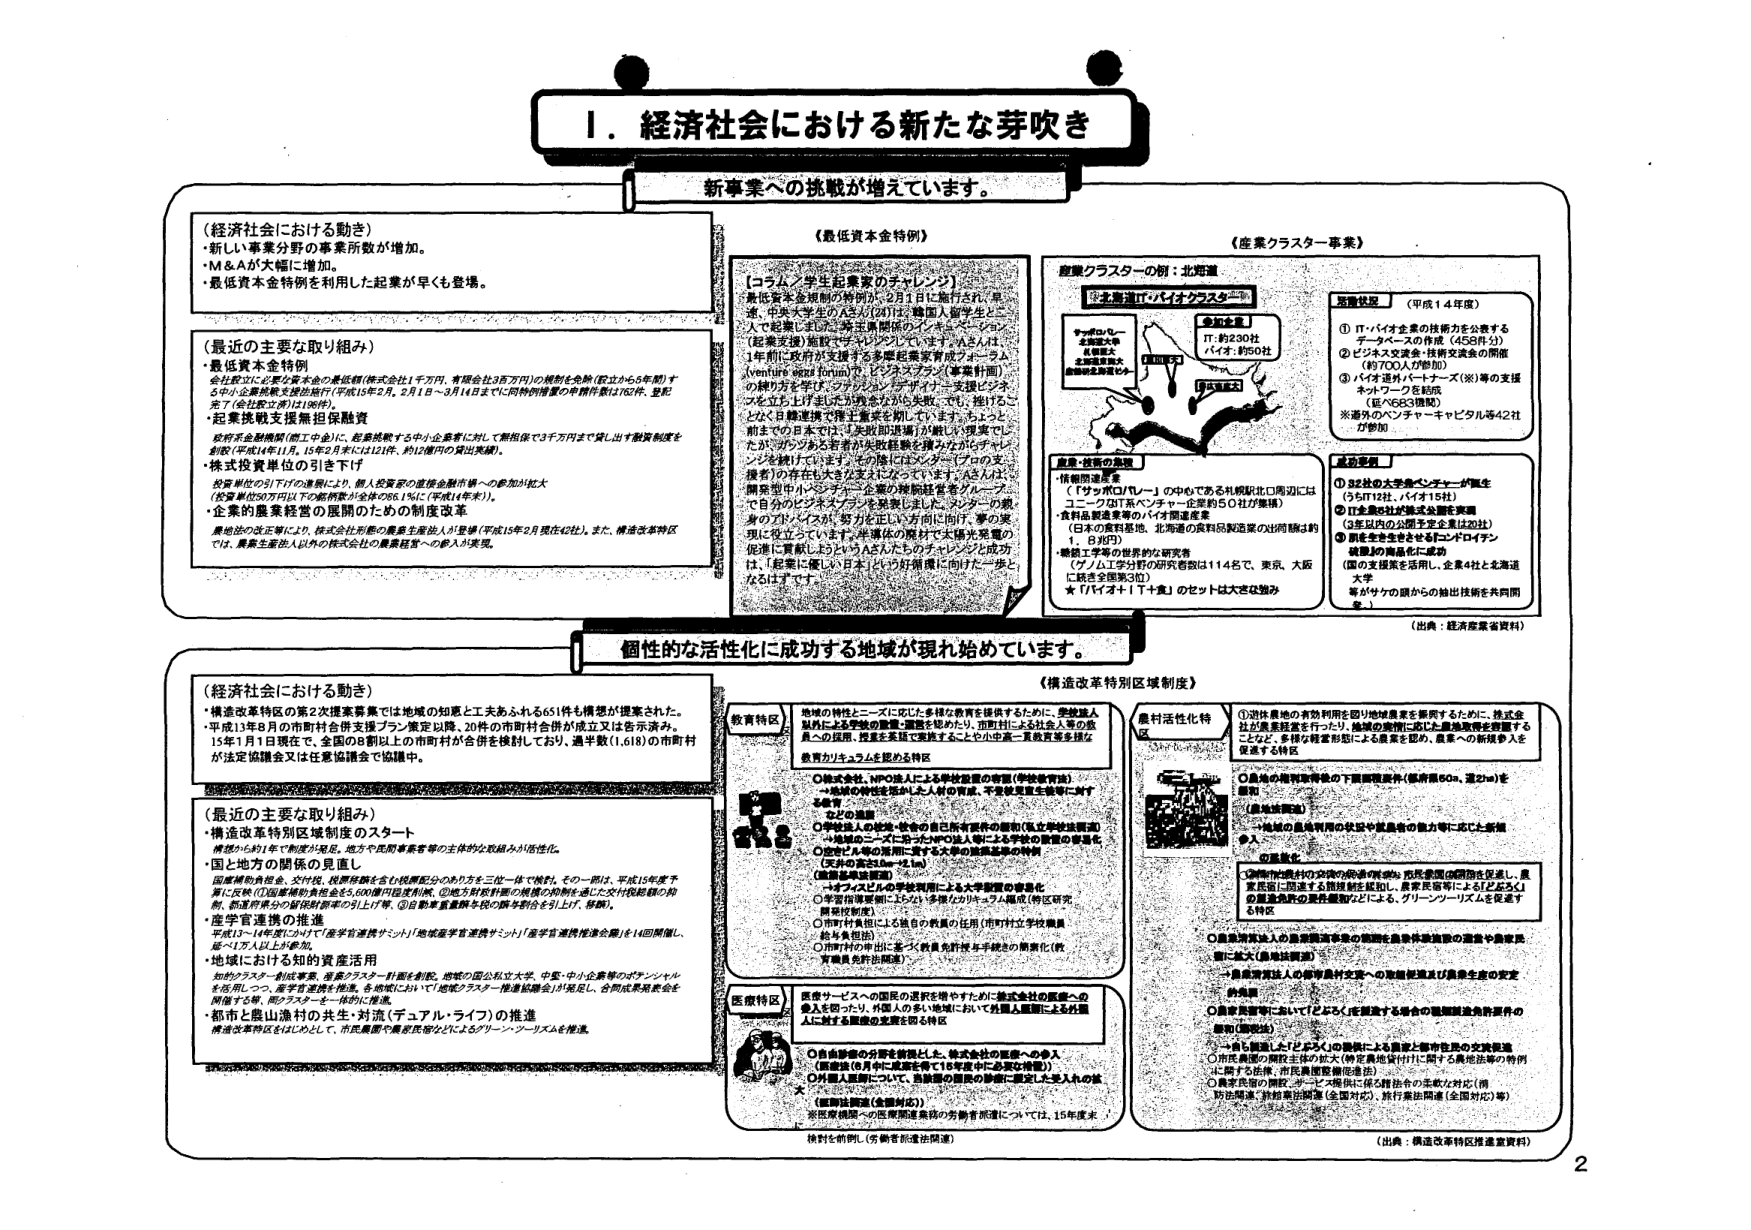
1. 経済社会における新たな芽吹き

新事業への挑戦が増えています。

（経済社会における動き）
・新しい事業分野の事業所数が増加。
・M&Aが大幅に増加。
・最低資本金特例を利用した起業が早くも登場。

（最近の主要な取り組み）
・最低資本金特例
会社設立に必要な資本金の最低額（株式会社1千万円、有限会社3百万円）の規制を免除（設立から5年間）する中小企業支援策を認め施行（平成15年2月。2月1日～3月14日までに同特例措置の申請件数は162件、登記完了（会社設立済みは180件））。
・起業挑戦支援無担保融資
政府系金融機関（商工中金）に、起業挑戦する中小企業者に対して無担保で3千万円まで貸し出す融資制度を創設（平成14年11月。15年2月末には121件、約12億円の貸出実績）。
・株式投資単位の引き下げ
投資単位が引下げの運用により、個人投資家の直接金融投資への参加が拡大（投資単位50万円以下の銘柄数が全体の86.1％（平成14年末））。
・企業の業務経営の展開のための制度改革
農地法の改正等により、株式会社形態の農業生産法人が登場（平成15年2月現在42社）。また、構造改革特区では、農業生産法人以外の株式会社の農業経営への参入が実現。

（最低資本金特例）
【コラム／学生起業家のチャレンジ】
最低資本金規制の特例が、2月1日に施行され、早速、中央大学のAさん（2011年、韓国人留学生）によって起業しました「株式会社インキュベーション」（起業支援）施設でチャレンジしています。Aさんは、1年前に政府が支援する実業家養成プログラム（Venture Capital）に参加し、ビジネスプラン（事業計画）の練り方を学び、ランチョン・パーティーや支援ビジネスを立ち上げました。失敗を恐れず、挑戦することなく日韓連携で伴う事業を創っています。ふと、この前までの日本では「失敗即退場」が横行（現実でした）が、今ではある若者が失敗経験を積みながらチャレンジを続けています。その後にはベンチャー（プロの支援者）の存在も大きくなるようにっています。Aさんは、開発型中小ベンチャー企業の機動経営者グループにて自分のビジネスプランを発表しました。メンバーの数身の力が大きいが、努力を正しい方向に向けて、夢の実現に役立っています。半導体の時代で太陽光発電の応用に貢献しようというAさんのチャレンジの成功は、「起業に優しい日本」の好循環に向けた一歩となるはずです。

（産業クラスター事業）
産業クラスターの例：北海道
北海道IT・バイオクラスター
参加企業
IT：約230社
バイオ：約50社
ナノテクノロジー
北海道大学
北海道工業大学
北海道教育大学
産業・技術の強化
・情報関連産業
「サッポロ/ルーパー」の中心である札幌駅北口周辺には
ユーフロIT系ベンチャー企業約50社が集積
・食料品製造業等のバイオ関連産業
（日本の食料基地、北海道の食料品製造業の国際競争力向上）
1. B群
・機器工学等の世界的な研究者
（アメリカやヨーロッパの研究者数は114名で、東京、大阪に続き全国第3位）
★「バイオ＋IT＋農」のセットは大きな強み

活動状況 （平成14年度）
① IT・バイオ企業の技術力を公表する
データベースの作成（458件分）
② ビジネス交流会・技術交流会の開催
（約700人が参加）
③ バイオ海外パートナー（米）等の支援ネットワークを結成
（延べ533回数）
※海外のベンチャーキャピタル等42社が参加

成功要因
① 32社の大学系ベンチャーが誕生
（うち12社、バイオ15社）
② 日本農業社が株式会社農業実現
（3年以内の公開予定企業は20社）
③ 開発型企業を支える「インドバイデン」
構想の再編を活用し、成功
（国の支援策を活用し、企業4社と北海道大学等がサザン図から50の抽出技術を共同開発。）

（出典：経済産業省資料）

個性的な活性化に成功する地域が現れ始めています。

（構造改革特別区域制度）
（経済社会における動き）
・構造改革特区の第2次提案募集では地域の知恵と工夫あふれる651件も構想が提案された。
・平成13年8月の市町村合併支援プラン策定以降、20件の市町村合併が成立又は告示済み。
15年1月1日現在で、全国の8都道11の市町村が合併を検討しており、過半数（1,618）の市町村が法定協議会又は任意協議会で協働中。

（最近の主要な取り組み）
・構造改革特別区域制度のスタート
構想から約1年で制度が発足。地方や民間事業者等の主体的な取組みが活性化。
・国と地方の関係の見直し
国庫補助負担金、交付税、税源移譲を含む税源配分のあり方を三位一体で検討。その一部は、平成15年度予算に反映（①国庫補助負担金を5,000億円程度削減、②地方財政計画の機能の強化を通じた交付税総額の抑制、都道府県からの財政財源等の引上げ、③自動車重量税等の税の割合を引上げ、移譲）。
・産学官連携の推進
平成13～14年度にかけて「産学官連携サミット」「地域産学官連携サミット」「産学官連携推進会議」を14回開催し、延べ1万人以上が参加。
・地域における知的資産活用
知的クラスター創成事業、産業クラスター計画を創設。地域の国公私立大学、中堅・中小企業等のポテンシャルを活用しつつ、産学官連携を推進。その拠点において「地域クラスター推進協議会」が発足し、各同成果発表会を開催する等、間のクラスター一体的に推進。
・都市と農山漁村の共生・対流（デュアルライフ）の推進
構造改革特区をはじめとして、市民集団や農村住民などによるグリーン・ツーリズムを推進。

教育特区
地域の特性とニーズに応じた多様な教育を提供するために、受検生人以外による学校の設置・運営を認めたり、市町村による社会人等の教育への応用、授業支援等で実施することや、中高一貫教育等を推進し、教育カリキュラムを認める特区

C株式会社、NPO法人による学校設置の有償（学校教育法）
・地域の特性を生かした対応の育成、大学教育を生徒等へ対する教育
・ひとつの進路
○学校法人の学校・校舎の自己所有の制限（私立学校法改正）
・地域のニーズに応じたNPO法人等による学校の設置の促進
○高校と大学の活用に関する大学の進路基準の特例
（文部の第31条～41条）
（進路基準の緩和）
・トライアルビューロの学校利用による大学設置の変更化
○学習指導要領に応じない多様なカリキュラム構成（特区研究開発校制度）
○市町村負担による教育の充実（市町村立学校教員給与負担）
○市町村の申出に基づく教員免許保有者等の簡素化（教育職員免許法関連）

医療特区
医療サービスへの国民の選択を増やすために株式会社の医療への参入を図ったり、外国人の多い地域において外国人医師による外国人に対する医療の受診を図る特区

○自由診療の分野を新設した、株式会社の医療への参入
（医療法（8月に改正を含む）で特定の医療行為の許可）
○外国人医師について、医師法の国際的枠組みに照らし、本人からの就業許可申請（医師法関連）

（医療法関連（医療法関連））
※医療機関への医療関連業務の労働者派遣については、15年度末検討を諮問（労働者派遣法関連）

農村活性化特区
① 農村農地の有効利用を図り地域農業を振興するために、株式会社が農業経営を行ったり、地域の特性に応じた農業振興を実施することなど、多様な経営形態による農業を認め、農業への新規参入を促進する特区

○農地の権利取得の下限面積要件（耕作面積50a、運営1ha）を緩和（改正）
○地域の農地利用の状況や農業者の協力等に応じた新規参入

② 農業法人の経営安定の支援
○農業法人の経営安定の支援
○農業経営者等において「どなたに支援する場合の職業訓練負担要件の緩和（関係法）」

→農業法人の経営安定への支援制度及び農業生産の安定
の先駆
○農業経営者等において「どなたに支援する場合の職業訓練負担要件の緩和（関係法）」

→農業法人と「ビジネス」の提供による農業と都市住民の交流促進
○市民農園の開設主体の拡大（特定農地貸付けに関する農地法等の特例に基づく法律、市民農園整備促進法）
○農業生産の「間接」サービス提供（加工技術の集積と対応）（例：防災関連、計画都市開発（全国対応）、旅行業出荷（全国対応）等）

（出典：構造改革特別区域推進資料）

2